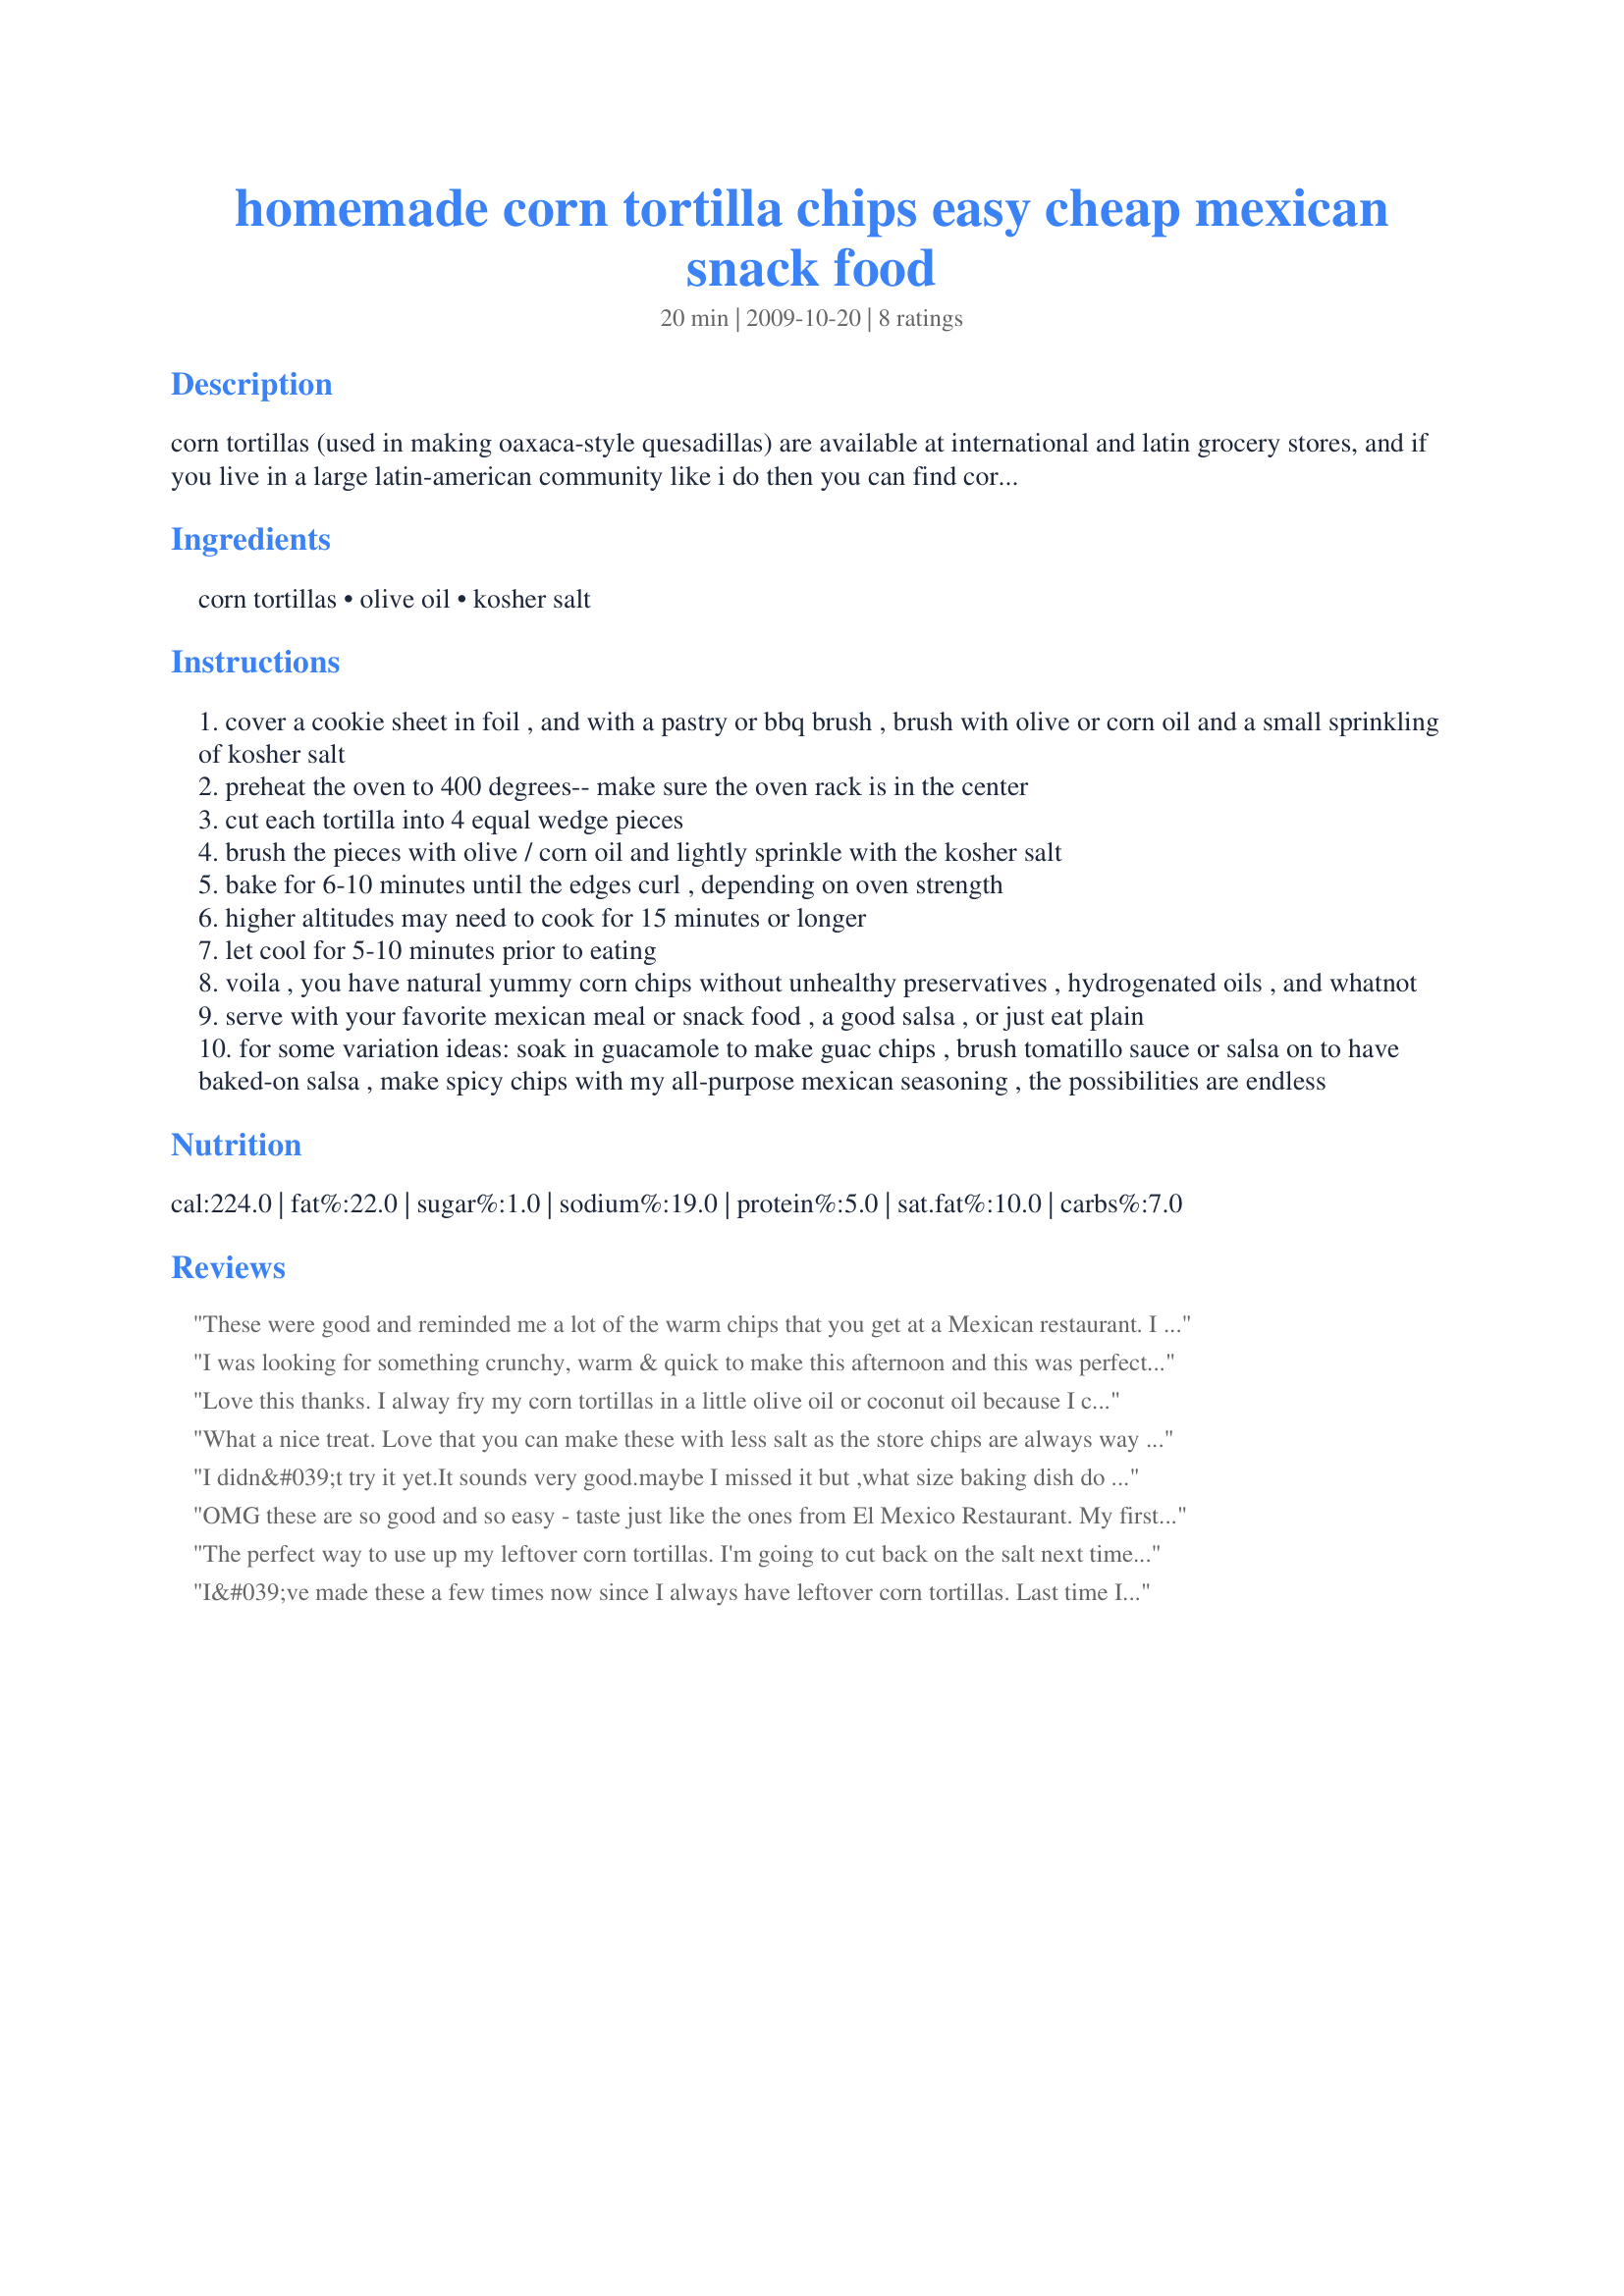
homemade corn tortilla chips easy cheap mexican snack food
Preparation time: 20 minutes

corn tortillas (used in making oaxaca-style quesadillas) are available at international and latin grocery stores, and if you live in a large latin-american community like i do then you can find corn tortillas in bags of 20-30 for like $2 or less at major grocery stores. flour tortillas probably won't work as well for this and definitely won't have the corn flavor and base. never spend money on premade again! you can also control how large or small you want to make them (and keep them seasoned or not) not to mention salt content if you're watching sodium intake. 32 chips is all i could fit on my convection oven's cookie sheet so feel free to use more tortillas; the methodology is all the same. you won't believe how easy it is to get restaurant-style tortilla chips without any icky unnatural ingredients!

Ingredients:
corn tortillas, olive oil, kosher salt

Steps:
cover a cookie sheet in foil , and with a pastry or bbq brush , brush with olive or corn oil and a small sprinkling of kosher salt
preheat the oven to 400 degrees-- make sure the oven rack is in the center
cut each tortilla into 4 equal wedge pieces
brush the pieces with olive / corn oil and lightly sprinkle with the kosher salt
bake for 6-10 minutes until the edges curl , depending on oven strength
higher altitudes may need to cook for 15 minutes or longer
let cool for 5-10 minutes prior to eating
voila , you have natural yummy corn chips without unhealthy preservatives , hydrogenated oils , and whatnot
serve with your favorite mexican meal or snack food , a good salsa , or just eat plain
for some variation ideas: soak in guacamole to make guac chips , brush tomatillo sauce or salsa on to have baked-on salsa , make spicy chips with my all-purpose mexican seasoning , the possibilities are endless

Reviews:
These were good and reminded me a lot of the warm chips that you get at a Mexican restaurant. I did have a problem with them, but it was my own fault ~ I baked them too long as I forgot to set the timer. Will definitely try these again and make sure that I set the timer! I think these would also be good with a squeeze of lime on them while still warm. Thanks for posting this. Made for New Kid on the Block Tag.
I was looking for something crunchy, warm & quick to make this afternoon and this was perfect! I ended up making a second batch right away, as the first one disappeared so quickly, and would have made even more if I hadn't run out of tortillas. I did use a cooking spray the 2nd time, which was faster and actually turned out better. Thanks for a yummy recipe!
Love this thanks. I alway fry my corn tortillas in a little olive oil or coconut oil because I can have one on my low carb diet, but this is much easier and I can make enough for the kids as well without having to cook one at a time in a skillet.
What a nice treat. Love that you can make these with less salt as the store chips are always way to salty. They turned out nice and crispy with a nice light tan color. Very yummy served with Recipe #396075. Thanks so much for the great post.
I didn&#039;t try it yet.It sounds very good.maybe I missed it but ,what size baking dish do you use?I didn&#039;t see that mentioned.If I half it what size would you recommend to use then?Thank you
OMG these are so good and so easy - taste just like the ones from El Mexico Restaurant. My first batch, I sprinkled Sea Salt on the tortillas. They were too salty for us so after that I just lightly salted with regular salt. Thanks so much for an awesome recipe. I'll never buy corn chips again.
The perfect way to use up my leftover corn tortillas. I'm going to cut back on the salt next time though because it was a bit too salty.
I&#039;ve made these a few times now since I always have leftover corn tortillas. Last time I tried garlic sea salt on them and they turned out fantastic. Thanks for the great recipe!
